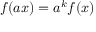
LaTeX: f ( a x ) = a ^ { k } f ( x )